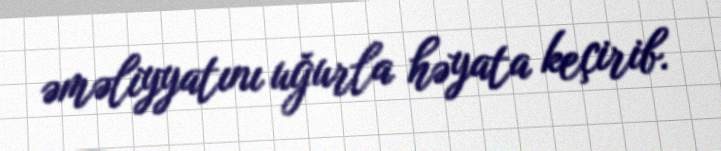
əməliyyatını uğurla həyata keçirib.